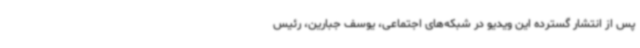
پس از انتشار گسترده این ویدیو در شبکه‌های اجتماعی، یوسف جبارین، رئیس